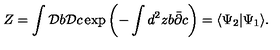
Z = \int { \cal D } b { \cal D } c \exp { \left( - \int d ^ { 2 } z b \bar { \partial } c \right) } = \langle \Psi _ { 2 } | \Psi _ { 1 } \rangle .